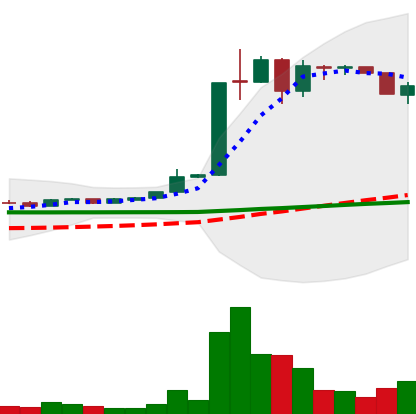
Ticker: LTC-USD
Chart end date: 2015-06-25
Forward return: 43.379%
Label: up_7plus